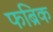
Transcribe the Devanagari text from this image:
फब्रिक